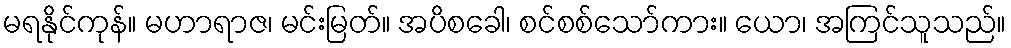
မရနိုင်ကုန်။ မဟာရာဇ၊ မင်းမြတ်။ အပိစခေါ၊ စင်စစ်သော်ကား။ ယော၊ အကြင်သူသည်။